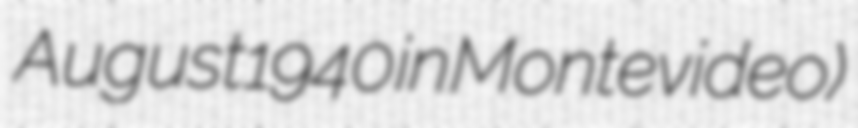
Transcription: August 1940 in Montevideo)